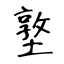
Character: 墪